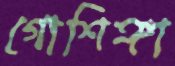
গোশিঙ্গা